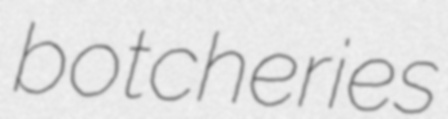
botcheries